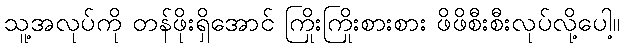
သူ့အလုပ်ကို တန်ဖိုးရှိအောင် ကြိုးကြိုးစားစား ဖိဖိစီးစီးလုပ်လို့ပေါ့။